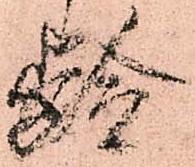
齢